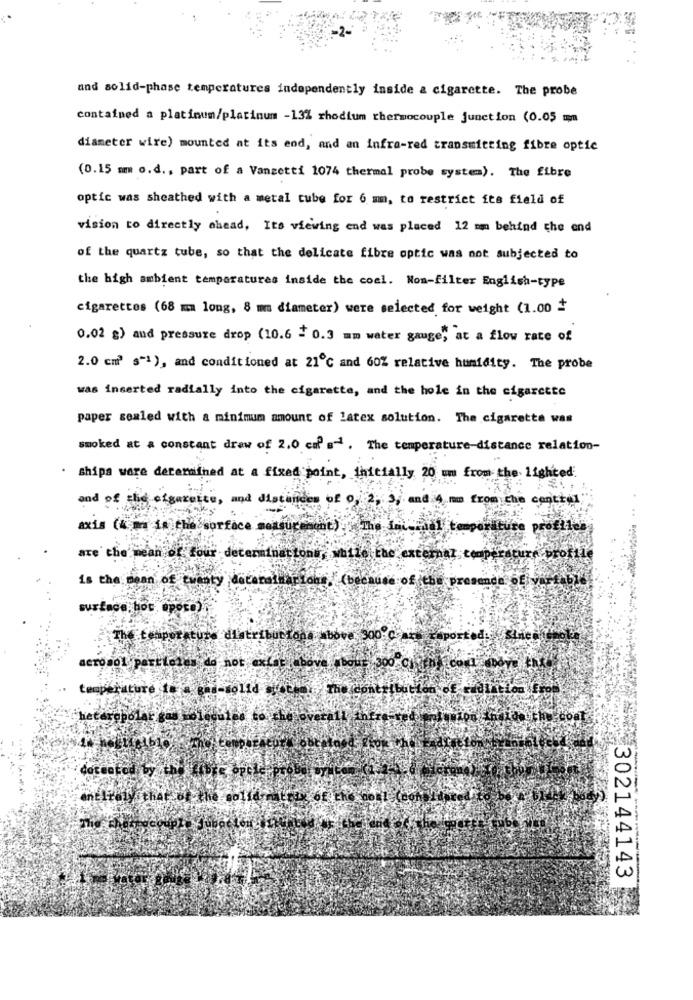
and solid-phase temperatures independently inside & cigarette. The probe
contained a platinum/platinum -13% rhodium thermocouple junction (0.05 mm
diameter wire) mounted at its end, and an infra-red transmitting fibre optic
(0.15 mm o.d ., part of a Vanzetti 1074 thermal probe system). The fibre
optic was sheathed with a metal tube for 6 mm, to restrict its field of
vision to directly ahead, Its viewing end was placed 12 mm behind the end
of the quartz tube, so that the delicate fibre optic was not subjected to
the high ambient temperatures inside the coal. Non-filter English-type
cigarettes (68 m long, 8 mm diameter) were selected for weight (1.00
0,02 g) and pressure drop (10.6 - 0.3 mm water gauge, at a flow rate of
2.0 cm' s-1 ), and conditioned at 21℃ and 60% relative humidity. The probe
was inserted radially into the cigarette, and the hole in the cigarette
paper sealed with a minimum amount of latex solution. The cigaretta was
smoked at a constant drew of 2.0 cof s- . The temperature-distance relation-
· shipa ware determined at a fixed point, initially 20 um from the. lighted
and of the efgazette, and distances of 0, 2, 3, and 4 mm from
central
axis (4;ma is the surface measure
profile
are the mean of four determination
the external temperature
profile
is the mean of twenty decarailarione. ( because of the pr
ence DE vi
surface. hoc, "pora)
The temperature distributiona above 300 ℃
aerosol partielas do not exfat ab
ouE 300 CI
temperature ta a gas-solid si ten , The contribution of radiation Ero
heteropolar's
doceofod by the
entirely that of
Faolidy
---
302144143